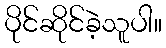
ပိုင်ဆိုင်ခဲ့သူပါ။